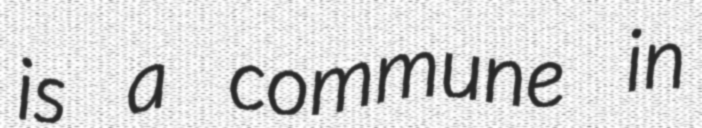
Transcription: is a commune in